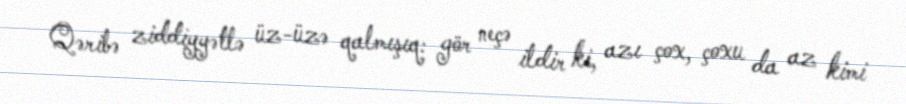
Qəribə ziddiyyətlə üz-üzə qalmışıq: gör neçə ildir ki, azı çox, çoxu da az kimi